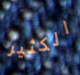
الكثير